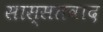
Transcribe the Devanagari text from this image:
सास्सतवाद